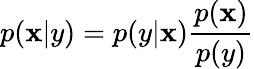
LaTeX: p(\mathbf{x}|y)=p(y|\mathbf{x})\frac{{p(\mathbf{x})}}{{p(y)}}